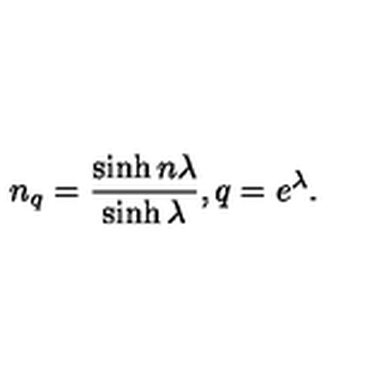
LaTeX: n _ { q } = \frac { \sinh n \lambda } { \sinh \lambda } , q = e ^ { \lambda } .